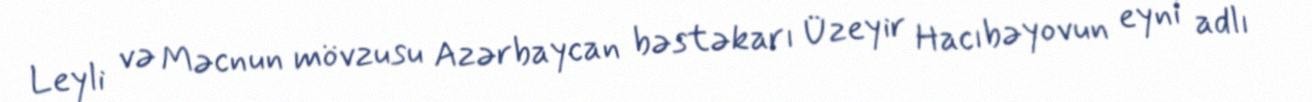
Leyli və Məcnun mövzusu Azərbaycan bəstəkarı Üzeyir Hacıbəyovun eyni adlı